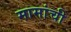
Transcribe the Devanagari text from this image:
मामांची